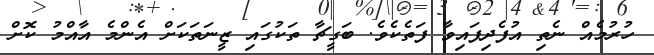
ހުރުމެއް ނެތި އުފެދިފައިވާ ފަތެކެވެ. ބަގީޗާ ތަކުގައި ޒީނަތަކަށް އެންމެ އާއްމު ކޮށް